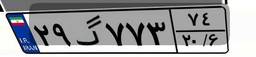
۲۹گ۷۷۳۷۴